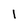
Character: l